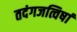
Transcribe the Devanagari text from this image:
तदंगजत्विषां